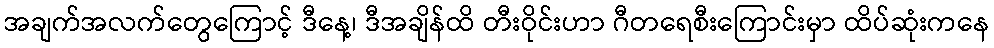
အချက်အလက်တွေကြောင့် ဒီနေ့၊ ဒီအချိန်ထိ တီးဝိုင်းဟာ ဂီတရေစီးကြောင်းမှာ ထိပ်ဆုံးကနေ